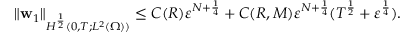
\begin{array} { r } { \| \mathbf { w } _ { 1 } \| _ { H ^ { \frac { 1 } { 2 } } ( 0 , T ; L ^ { 2 } ( \Omega ) ) } \leq C ( R ) \ensuremath { \varepsilon } ^ { N + \frac { 1 } { 4 } } + C ( R , M ) \ensuremath { \varepsilon } ^ { N + \frac { 1 } { 4 } } ( T ^ { \frac 1 2 } + \ensuremath { \varepsilon } ^ { \frac 1 4 } ) . } \end{array}